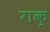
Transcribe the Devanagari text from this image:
राक्‌